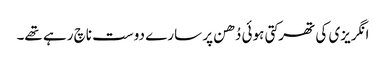
انگریزی کی تھرکتی ہوئی دُھن پر سارے دوست ناچ رہے تھے۔